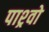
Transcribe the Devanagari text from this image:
पाश्र्वो